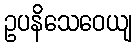
ဥပနိသေဝေယျ